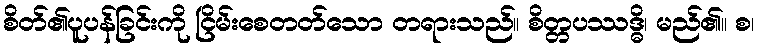
စိတ်၏ပူပန်ခြင်းကို ငြိမ်းစေတတ်သော တရားသည်။ စိတ္တပဿဒ္ဓိ၊ မည်၏။ စ၊